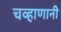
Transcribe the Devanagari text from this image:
चव्हाणानी